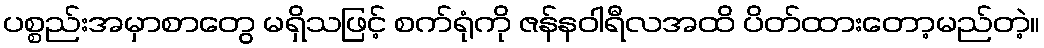
ပစ္စည်းအမှာစာတွေ မရှိသဖြင့် စက်ရုံကို ဇန်နဝါရီလအထိ ပိတ်ထားတော့မည်တဲ့။